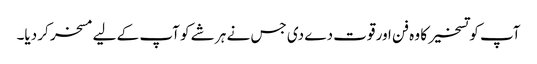
آپ کو تسخیر کا وہ فن اور قوت دے دی جس نے ہر شے کو آپ کے لیے مسخر کر دیا۔